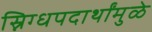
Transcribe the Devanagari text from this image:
स्निग्धपदार्थांमुळे